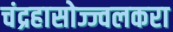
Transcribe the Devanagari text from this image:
चंद्रहासोज्ज्वलकरा